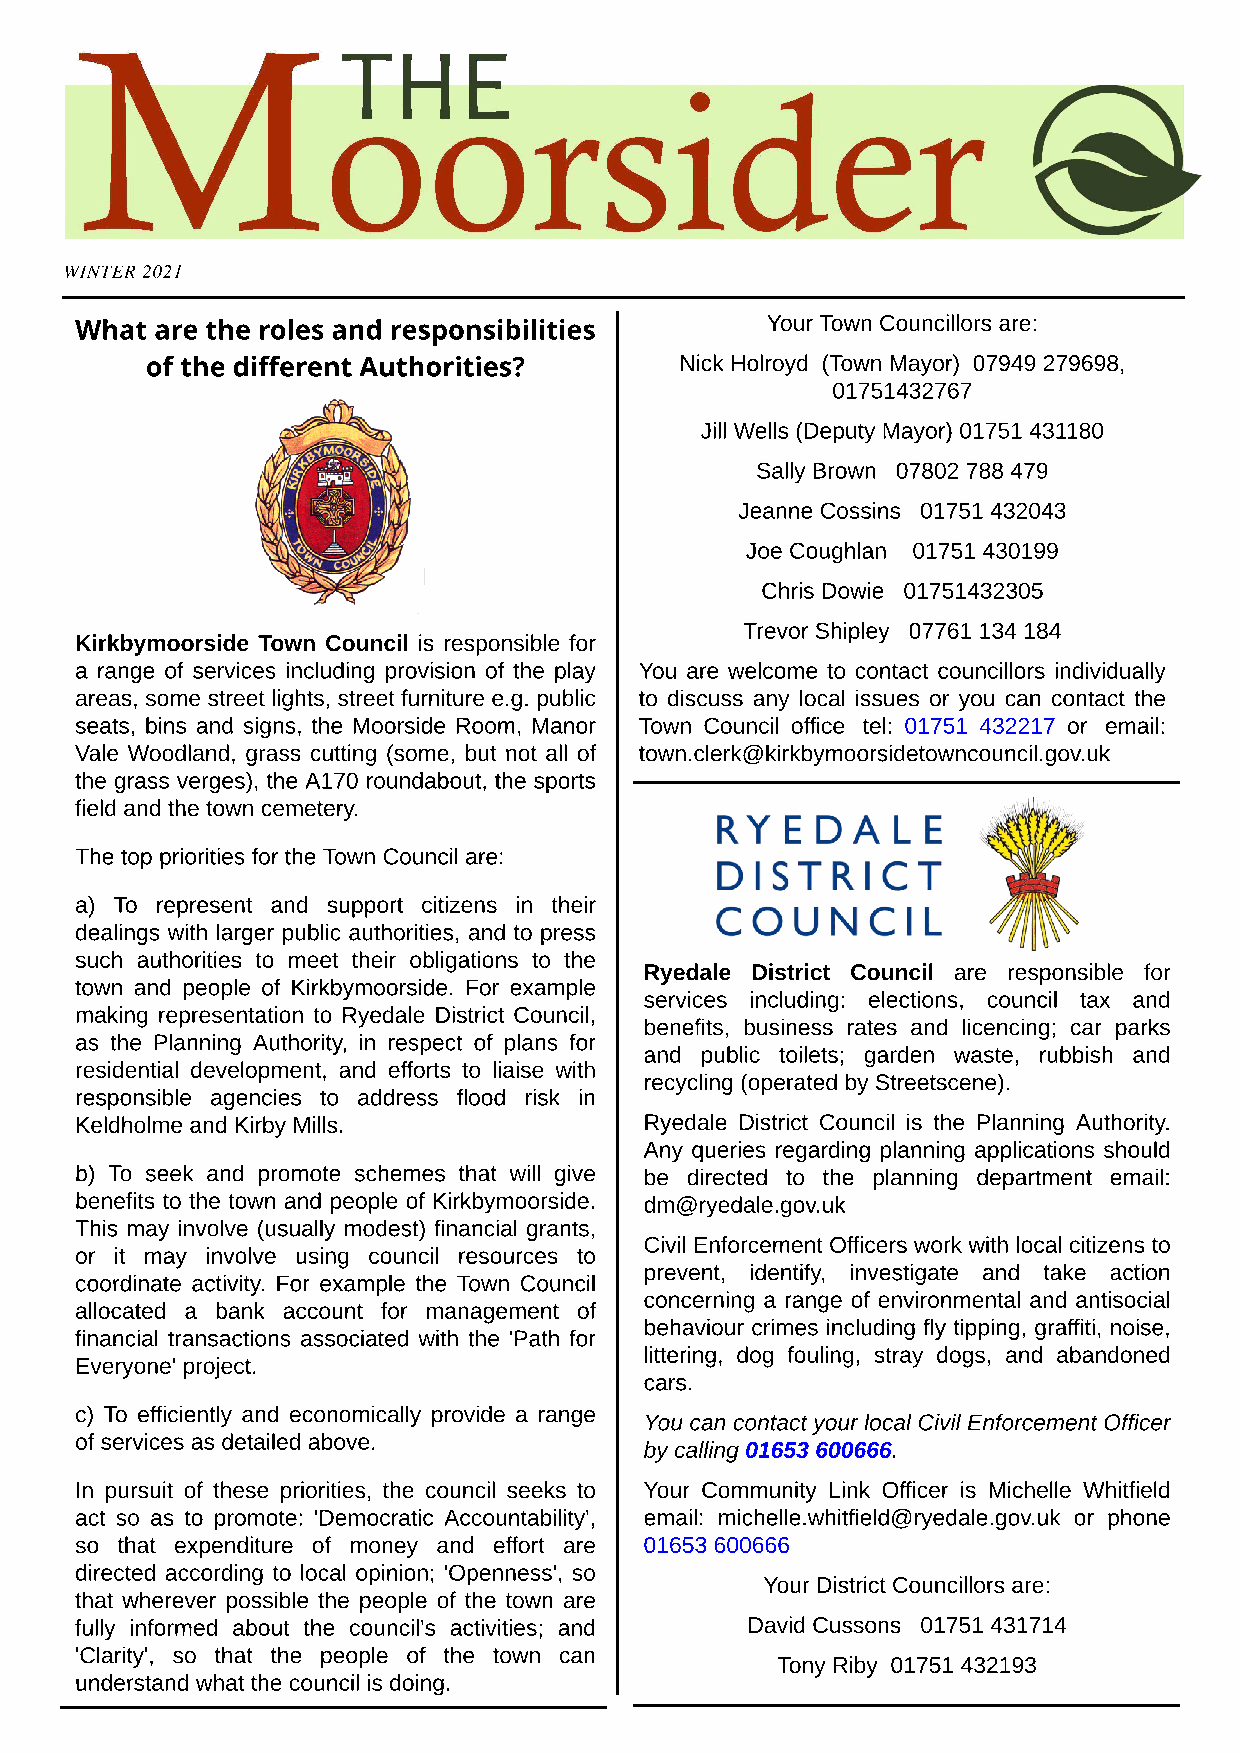
WINTER 2021
 What are the roles and responsibilities       Your Town Councillors are:
 of the different Authorities?      Nick Holroyd (Town Mayor) 07949 279698,
 01751432767
 Jill Wells (Deputy Mayor) 01751 431180
 Sally Brown 07802 788 479
 Jeanne Cossins 01751 432043
 Joe Coughlan 01751 430199
 Chris Dowie 01751432305
 Trevor Shipley 07761 134 184
 Kirkbymoorside Town Council is responsible for
 a range of services including provision of the play You are welcome to contact councillors individually
 areas, some street lights, street furniture e.g. public to discuss any local issues or you can contact the
 seats, bins and signs, the Moorside Room, Manor Town Council office tel: 01751 432217 or email:
 Vale Woodland, grass cutting (some, but not all of town.clerk@kirkbymoorsidetowncouncil.gov.uk
 the grass verges), the A170 roundabout, the sports
 field and the town cemetery.
 The top priorities for the Town Council are:
 a) To represent and support citizens in their
 dealings with larger public authorities, and to press
 such authorities to meet their obligations to the
 Ryedale District Council are responsible for
 town and people of Kirkbymoorside. For example
 services including: elections, council tax and
 making representation to Ryedale District Council,
 benefits, business rates and licencing; car parks
 as the Planning Authority, in respect of plans for
 and public toilets; garden waste, rubbish and
 residential development, and efforts to liaise with
 recycling (operated by Streetscene).
 responsible agencies to address flood risk in
 Keldholme and Kirby Mills.            Ryedale District Council is the Planning Authority.
 Any queries regarding planning applications should
 b) To seek and promote schemes that will give be directed to the planning department email:
 benefits to the town and people of Kirkbymoorside. dm@ryedale.gov.uk
 This may involve (usually modest) financial grants,
 Civil Enforcement Officers work with local citizens to
 or it may involve using council resources to
 prevent, identify, investigate and take action
 coordinate activity. For example the Town Council
 concerning a range of environmental and antisocial
 allocated a bank account for management of
 behaviour crimes including fly tipping, graffiti, noise,
 financial transactions associated with the 'Path for
 littering, dog fouling, stray dogs, and abandoned
 Everyone' project.
 cars.
 c) To efficiently and economically provide a range
 You can contact your local Civil Enforcement Officer
 of services as detailed above.
 by calling 01653 600666.
 In pursuit of these priorities, the council seeks to Your Community Link Officer is Michelle Whitfield
 act so as to promote: 'Democratic Accountability', email: michelle.whitfield@ryedale.gov.uk or phone
 so that expenditure of money and effort are 01653 600666
 directed according to local opinion; 'Openness', so
 Your District Councillors are:
 that wherever possible the people of the town are
 fully informed about the council's activities; and David Cussons 01751 431714
 'Clarity', so that the people of the town can
 Tony Riby 01751 432193
 understand what the council is doing.